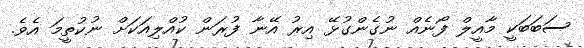
ސަބަބަކީ މާއީލް ފޯނެއް ނުގެންގުޅޭ އިރު އޭނާ ފުރަން ކުއްލިއަކަށް ނުކުތީމަ އެވެ.